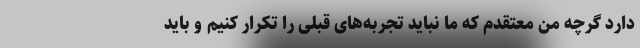
دارد گرچه من معتقدم که ما نباید تجربه‌های قبلی را تکرار کنیم و باید